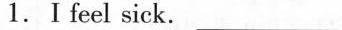
1.Ⅰ feel sick. ___